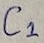
Text: C1